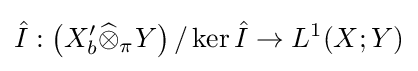
{\hat {I}}:\left(X'_{b}{\widehat {\otimes }}_{\pi }Y\right)/\ker {\hat {I}}\to L^{1}(X;Y)